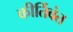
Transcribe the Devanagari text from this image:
कीर्तिवंत